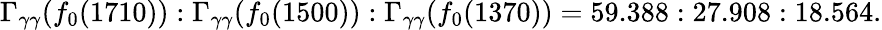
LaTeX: \Gamma_{\gamma\gamma}(f_{0}(1710)):\Gamma_{\gamma\gamma}(f_{0}(1500)):\Gamma_{\gamma\gamma}(f_{0}(1370))=59.388:27.908:18.564.